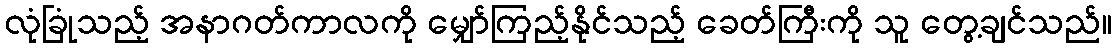
လုံခြုံသည့် အနာဂတ်ကာလကို မျှော်ကြည့်နိုင်သည့် ခေတ်ကြီးကို သူ တွေ့ချင်သည်။